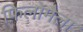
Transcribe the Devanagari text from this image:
फ़िलोमैला